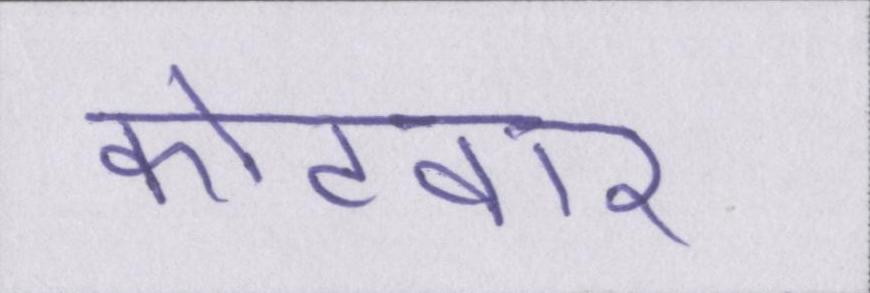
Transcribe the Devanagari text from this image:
कोटवार